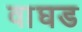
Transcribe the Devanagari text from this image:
वाघड